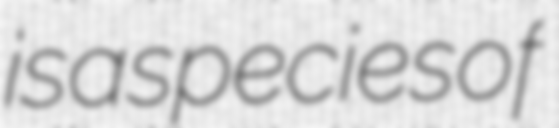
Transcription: is a species of